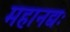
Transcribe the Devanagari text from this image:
महानद्यः